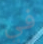
في